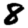
Digit: 8